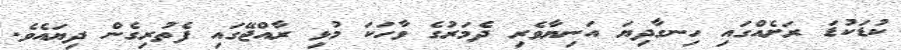
ކުޑަކުޑަ ރަށެއްގައި ހިނގާދިޔަ އަނިޔާވެރި ދެމަރުގެ ވާހަކަ މުޅި ރާއްޖޭގައި ފެތުރިގެން ދިޔައެވެ.